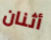
أثنان